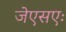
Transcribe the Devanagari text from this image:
जेएसएः